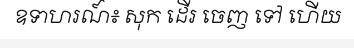
ឧទាហរណ៍៖ សុក ដើរ ចេញ ទៅ ហើយ